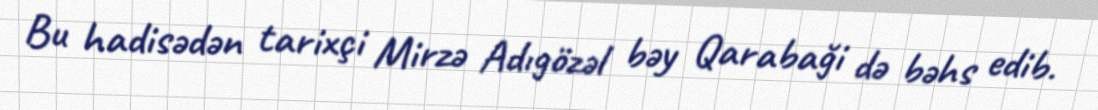
Bu hadisədən tarixçi Mirzə Adıgözəl bəy Qarabaği də bəhs edib.